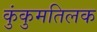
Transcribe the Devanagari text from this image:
कुंकुमतिलक